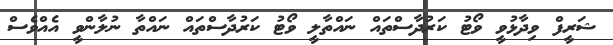
ޝަރީފް ވިދާޅުވީ ވޯޓު ކަރުދާސްތައް ނަައްތާލީ ވޯޓު ކަރުދާސްތައް ނައްތާ ނުލާންވީ އެއްވެސް